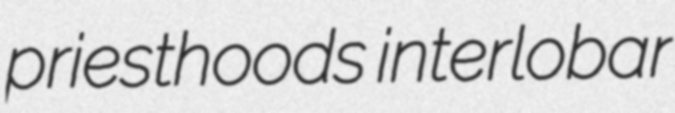
priesthoods interlobar